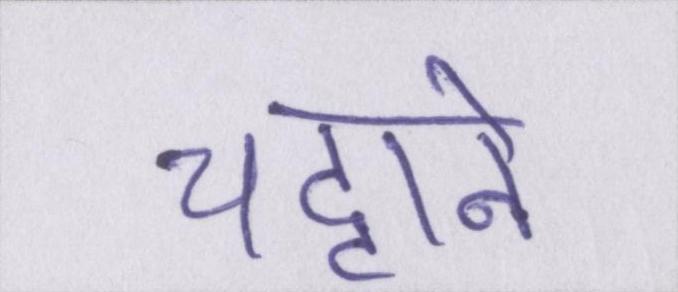
चट्टाने